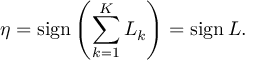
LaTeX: \eta = \mathrm { s i g n } \left( \sum _ { k = 1 } ^ { K } L _ { k } \right) = \mathrm { s i g n } \, L .